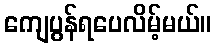
ကျေပွန်ရပေလိမ့်မယ်။